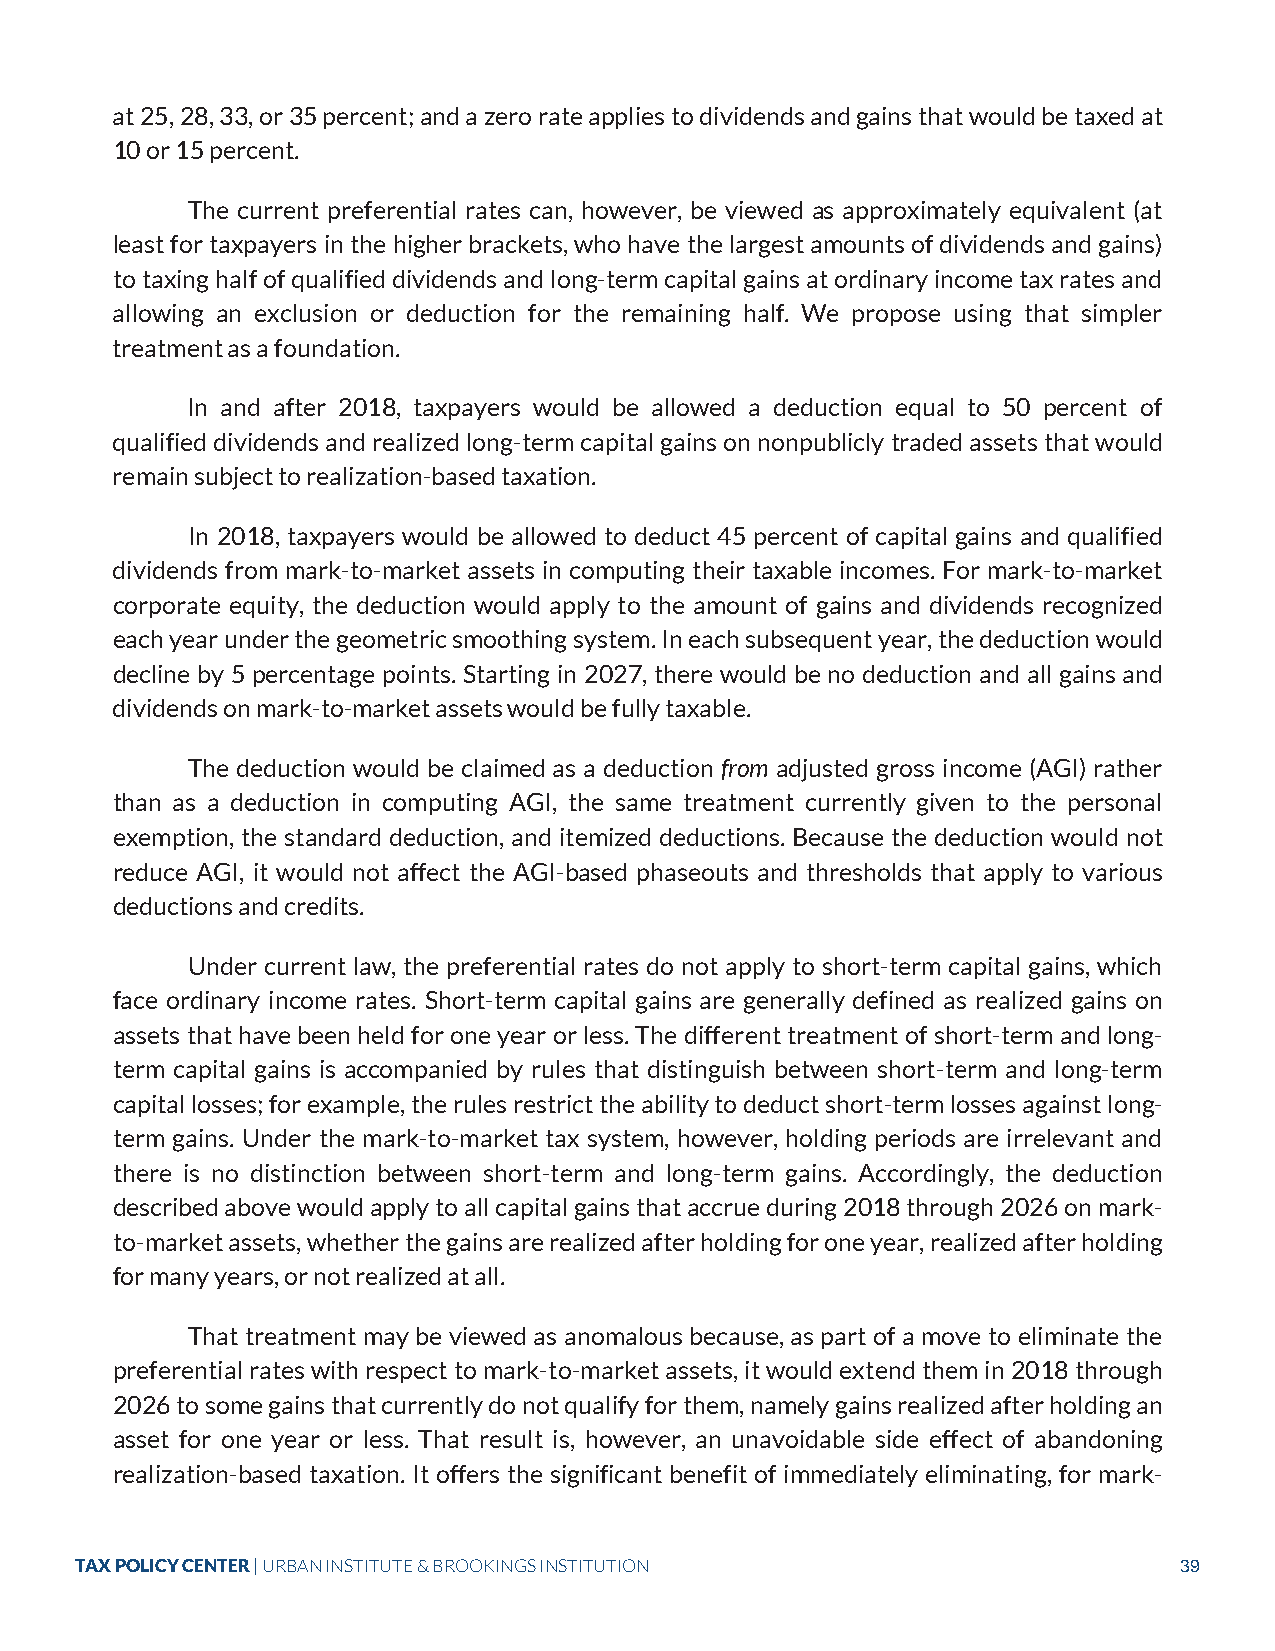
at 25, 28, 33, or 35 percent; and a zero rate applies to dividends and gains that would be taxed at
 10 or 15 percent.
 The current preferential rates can, however, be viewed as approximately equivalent (at
 least for taxpayers in the higher brackets, who have the largest amounts of dividends and gains)
 to taxing half of qualified dividends and long-term capital gains at ordinary income tax rates and
 allowing an exclusion or deduction for the remaining half. We propose using that simpler
 treatment as a foundation.
 In and after 2018, taxpayers would be allowed a deduction equal to 50 percent of
 qualified dividends and realized long-term capital gains on nonpublicly traded assets that would
 remain subject to realization-based taxation.
 In 2018, taxpayers would be allowed to deduct 45 percent of capital gains and qualified
 dividends from mark-to-market assets in computing their taxable incomes. For mark-to-market
 corporate equity, the deduction would apply to the amount of gains and dividends recognized
 each year under the geometric smoothing system. In each subsequent year, the deduction would
 decline by 5 percentage points. Starting in 2027, there would be no deduction and all gains and
 dividends on mark-to-market assets would be fully taxable.
 The deduction would be claimed as a deduction from adjusted gross income (AGI) rather
 than as a deduction in computing AGI, the same treatment currently given to the personal
 exemption, the standard deduction, and itemized deductions. Because the deduction would not
 reduce AGI, it would not affect the AGI-based phaseouts and thresholds that apply to various
 deductions and credits.
 Under current law, the preferential rates do not apply to short-term capital gains, which
 face ordinary income rates. Short-term capital gains are generally defined as realized gains on
 assets that have been held for one year or less. The different treatment of short-term and long-
 term capital gains is accompanied by rules that distinguish between short-term and long-term
 capital losses; for example, the rules restrict the ability to deduct short-term losses against long-
 term gains. Under the mark-to-market tax system, however, holding periods are irrelevant and
 there is no distinction between short-term and long-term gains. Accordingly, the deduction
 described above would apply to all capital gains that accrue during 2018 through 2026 on mark-
 to-market assets, whether the gains are realized after holding for one year, realized after holding
 for many years, or not realized at all.
 That treatment may be viewed as anomalous because, as part of a move to eliminate the
 preferential rates with respect to mark-to-market assets, it would extend them in 2018 through
 2026 to some gains that currently do not qualify for them, namely gains realized after holding an
 asset for one year or less. That result is, however, an unavoidable side effect of abandoning
 realization-based taxation. It offers the significant benefit of immediately eliminating, for mark-
 TAX POLICY CENTER | URBAN INSTITUTE & BROOKINGS INSTITUTION              39